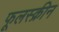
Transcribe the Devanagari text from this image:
फूलस्क्रीन